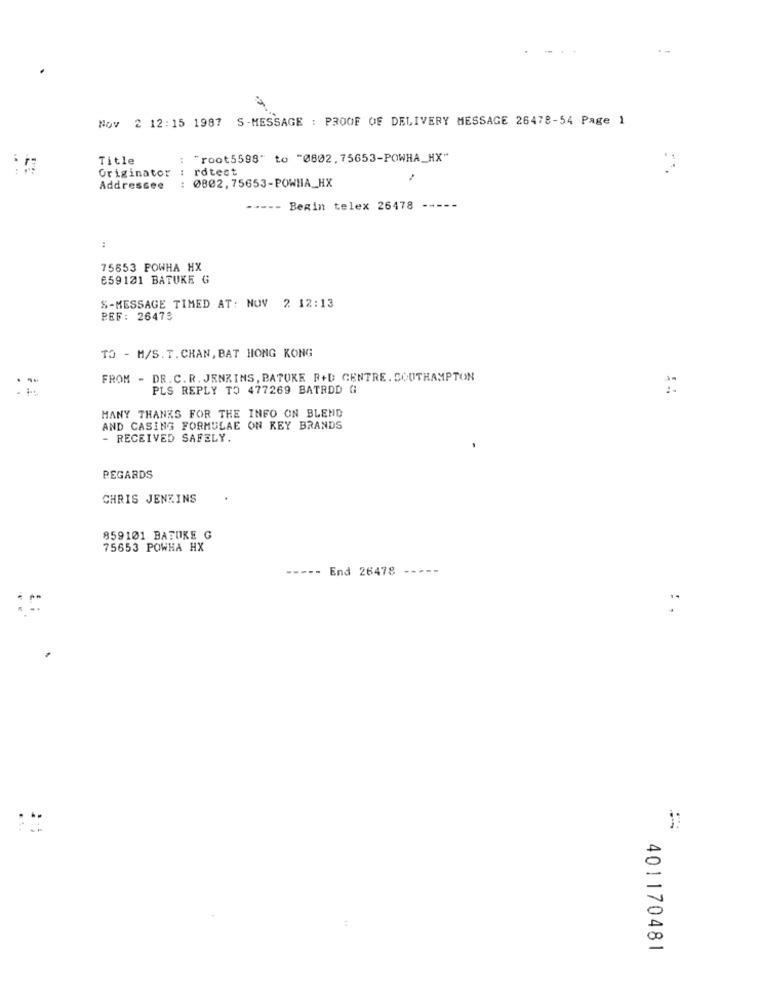
Nov 2 12:15 1987 S-MESSAGE : PROOF OF DELIVERY MESSAGE 26478-54 Page 1
Title
: "root5598" to "0802, 75653-POWHA_HX"
Originator : rdtest
Addressee
: 0802, 75653-POWHA_HX
Bezin telex 26478
:
75653 POWHA HX
659121 BATUKE G
S-MESSAGE TIMED AT: NOV 2 12:13
PEF: 26473
TO - M/S.T.CHAN, BAT HONG KONG
FROM - DR. C.R. JENKINS, BATOKE R+D CENTRE. SOUTHAMPTON
PLS REPLY TO 477269 BATRDD G
MANY THANKS FOR THE INFO ON BLEND
AND CASING FORMULAE ON KEY BRANDS
- RECEIVED SAFELY.
REGARDS
CHRIS JENKINS
859101 BATORE G
75653 POWHA HX
----- End 26478 -----
".
401170481